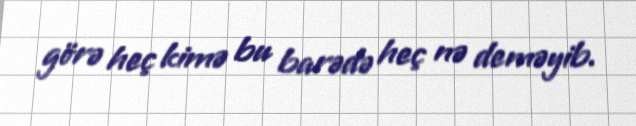
görə heç kimə bu barədə heç nə deməyib.